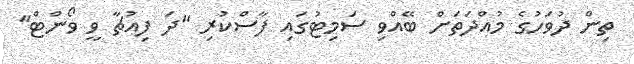
ތިން ދުވަހުގެ މުއްދަތަށް ބޭއްވި ސަމިޓުގައި ފާސްކުރި "ދަ ފިއުޗާ ވީ ވޯންޓް"